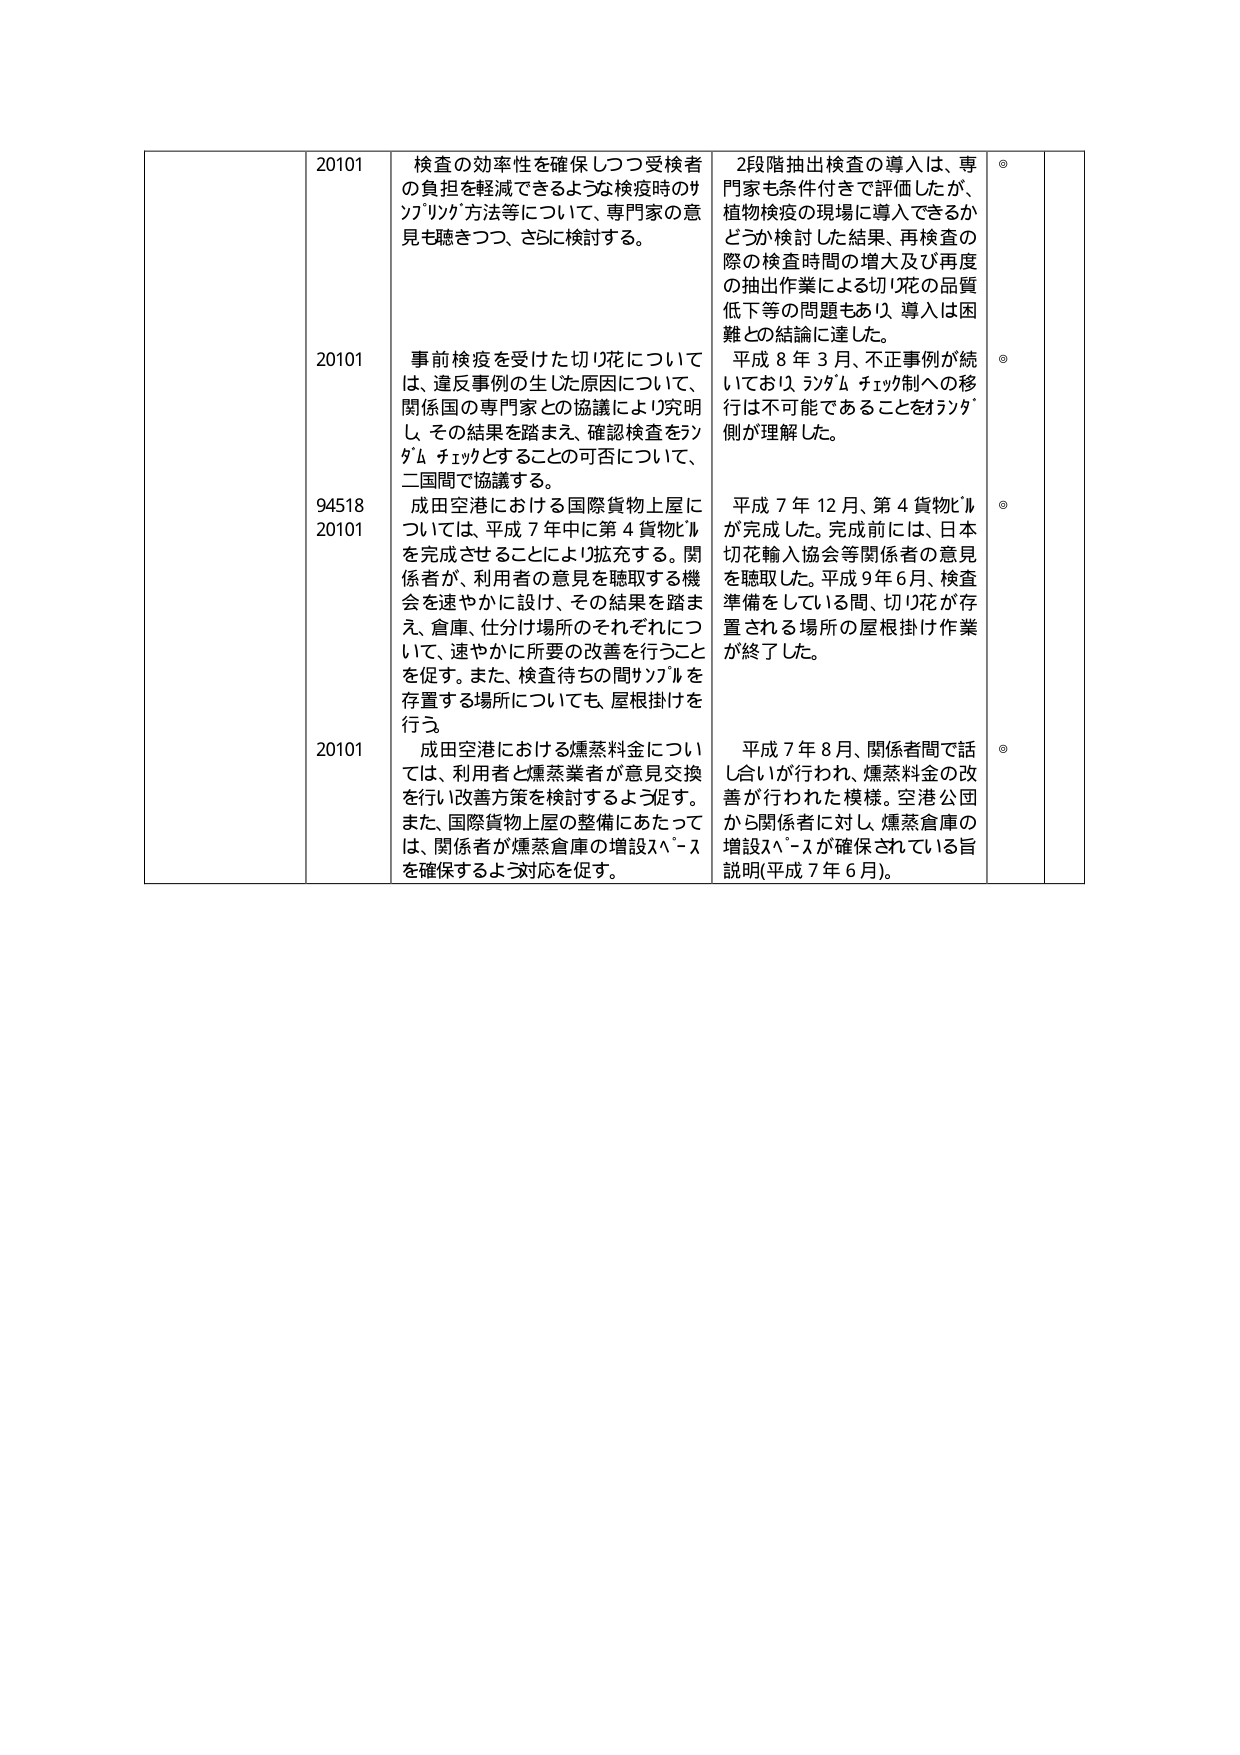
20101 検査の効率性を確保しつつ受検者の負担を軽減できるような検疫時のサンプリング方法等について、専門家の意見を聴きつつ、さらに検討する。

20101 事前検疫を受けた切り花については、違反事例の生じた原因について、関係国の専門家との協議により究明し、その結果を踏まえ、確認検査をランダムチェックとすることの可否について、二国間で協議する。

94518 20101 成田空港における国際貨物上屋については、平成７年中に第４貨物ビルを完成させることにより拡充する。関係者が、利用者の意見を聴取する機会を速やかに設け、その結果を踏まえ、倉庫、仕分け場所のそれぞれについて、速やかに所要の改善を行うことを促す。また、検査待ちの間カソルを存置する場所についても、屋根掛けを行う。

20101 成田空港における燻蒸料金については、利用者と燻蒸業者が意見交換を行い改善方策を検討するよう促す。また、国際貨物上屋の整備にあたっては、関係者が燻蒸倉庫の増設スペースを確保するよう対応を促す。

2段階抽出検査の導入は、専門家も条件付きで評価したが、植物検疫の現場に導入できるかどうか検討した結果、再検査の際の検査時間の増大及び再度の抽出作業による切り花の品質低下等の問題もあり、導入は困難との結論に達した。

平成８年３月、不正事例が続いており、ランダムチェック制への移行は不可能であることをカナダ側が理解した。

平成７年12月、第４貨物ビルが完成した。完成前には、日本切花輸入協会等関係者の意見を聴取した。平成９年６月、検査準備をしている間、切り花が存置される場所の屋根掛け作業が終了した。

平成７年８月、関係者間で話し合いが行われ、燻蒸料金の改善が行われた模様。空港公団から関係者に対し、燻蒸倉庫の増設スペースが確保されている旨説明（平成７年６月）。